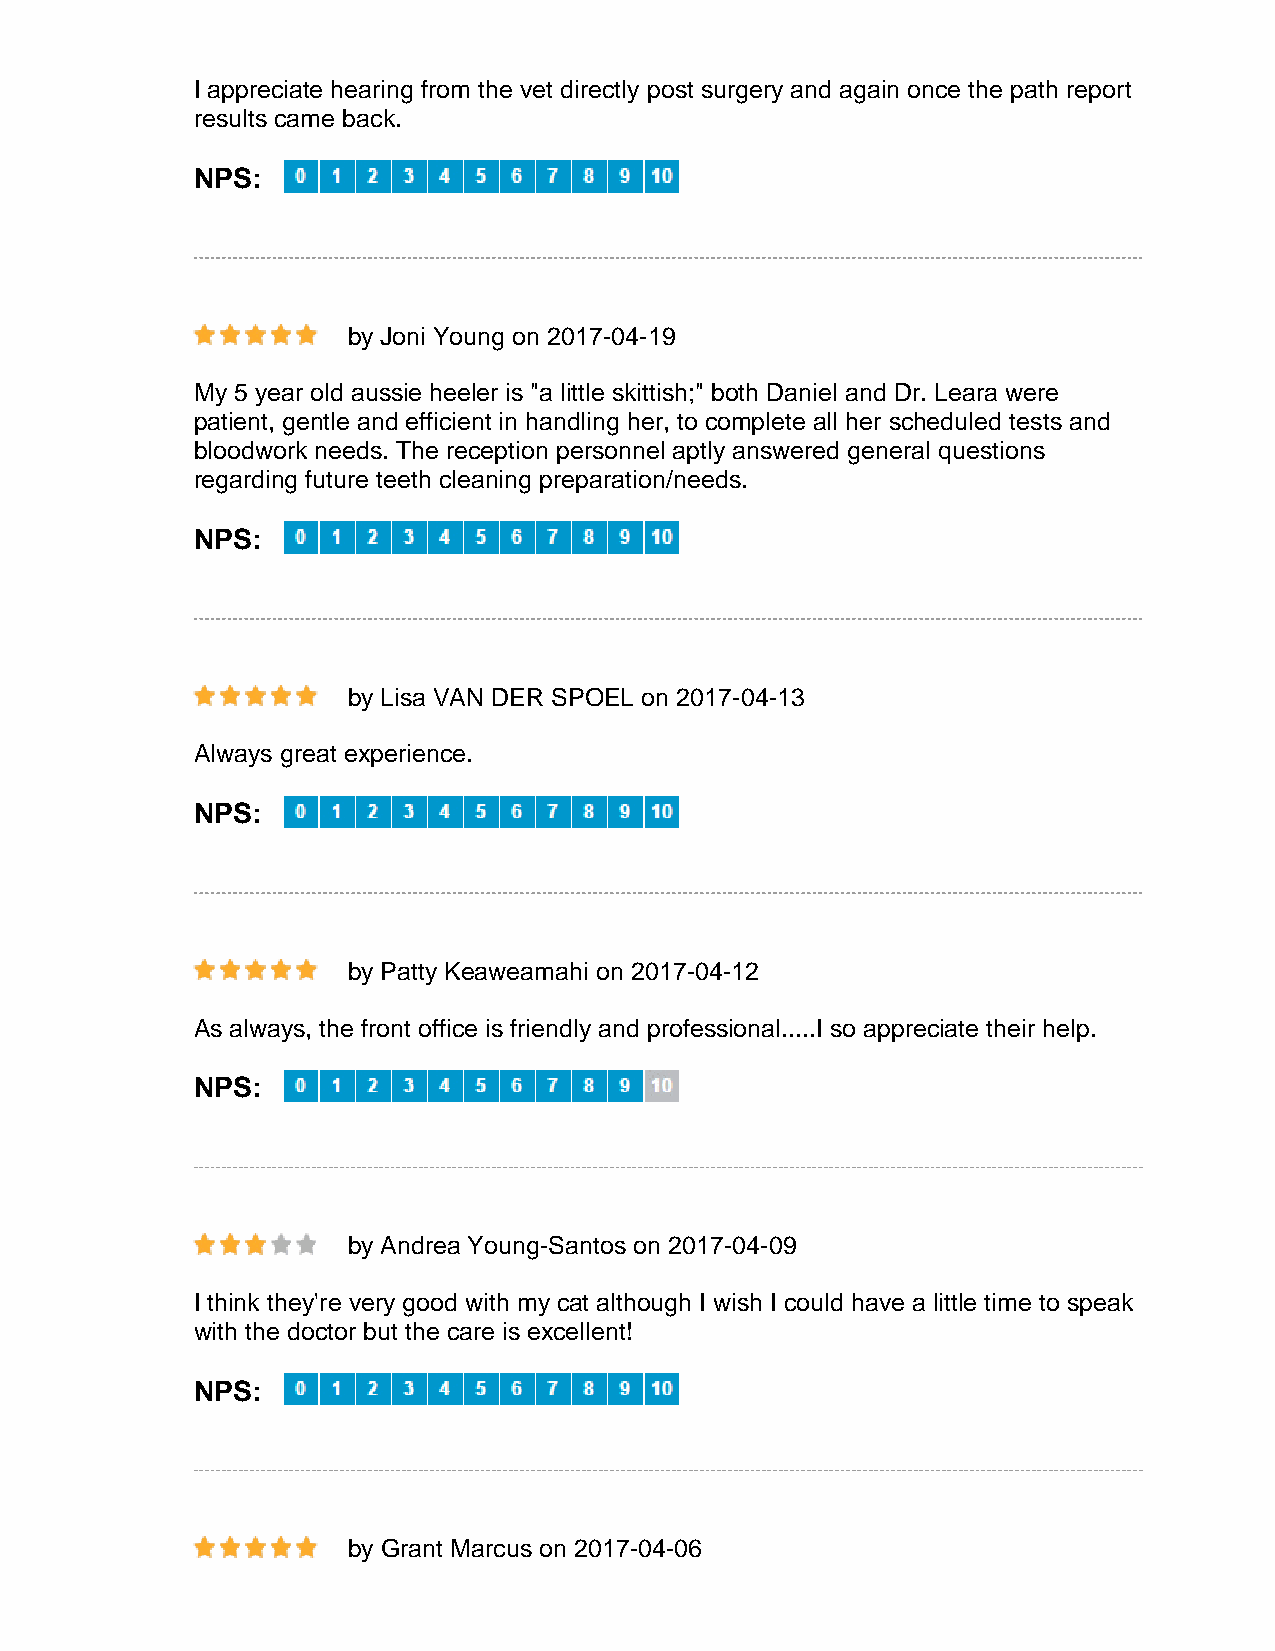
I appreciate hearing from the vet directly post surgery and again once the path report
 results came back.
 NPS:
 by Joni Young on 2017-04-19
 My 5 year old aussie heeler is "a little skittish;" both Daniel and Dr. Leara were
 patient, gentle and efficient in handling her, to complete all her scheduled tests and
 bloodwork needs. The reception personnel aptly answered general questions
 regarding future teeth cleaning preparation/needs.
 NPS:
 by Lisa VAN DER SPOEL on 2017-04-13
 Always great experience.
 NPS:
 by Patty Keaweamahi on 2017-04-12
 As always, the front office is friendly and professional.....I so appreciate their help.
 NPS:
 by Andrea Young-Santos on 2017-04-09
 I think they're very good with my cat although I wish I could have a little time to speak
 with the doctor but the care is excellent!
 NPS:
 by Grant Marcus on 2017-04-06